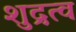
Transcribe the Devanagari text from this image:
शुद्रत्व